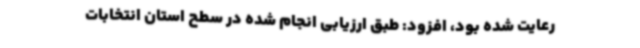
رعایت شده بود، افزود: طبق ارزیابی انجام شده در سطح استان انتخابات